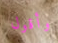
وأقول